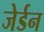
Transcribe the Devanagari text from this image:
जेर्डन